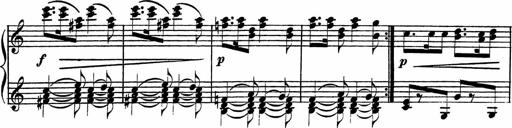
Title: Piano Sonatinas
Composer: Charles Fradel